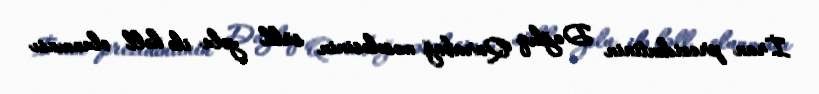
İran prezidentinin Dağlıq Qarabağ məsələsinin sülh yolu ilə həll olunması